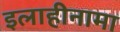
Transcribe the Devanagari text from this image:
इलाहीनामा